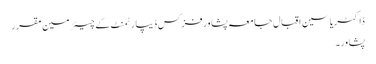
ڈاکٹریاسین اقبال جامعہ پشاورفزکس ڈیپارٹمنٹ کے چیئرمین مقرر
پشاور۔